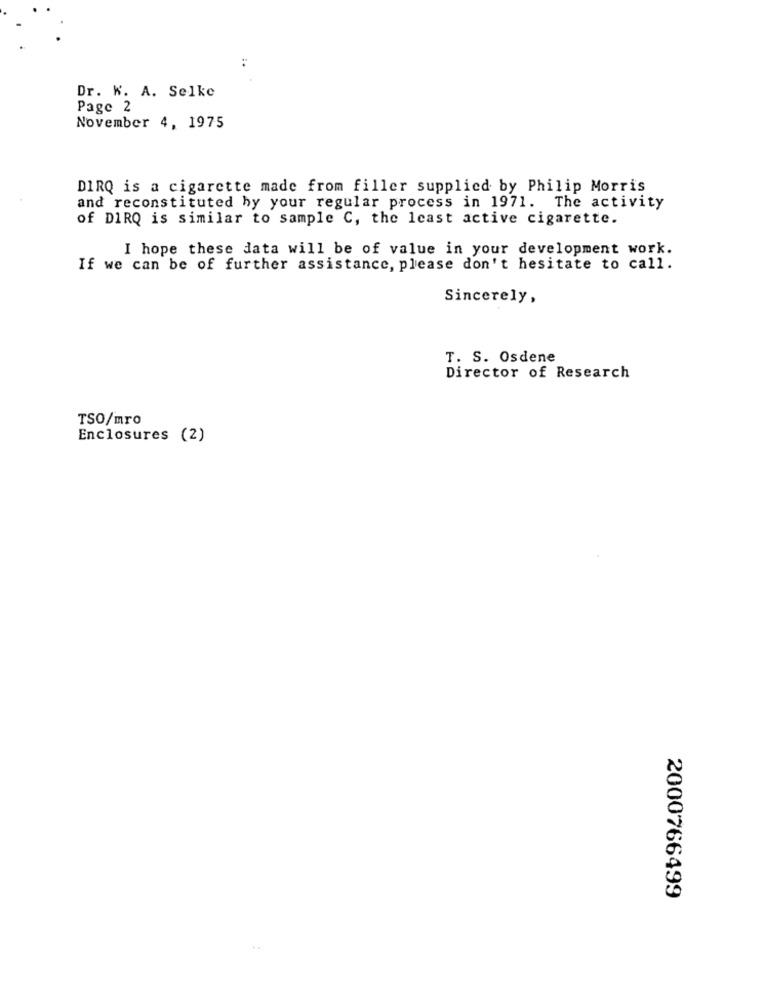
Dr. W. A. Selke
Page 2
November 4, 1975
DIRQ is a cigarette made from filler supplied by Philip Morris
and reconstituted by your regular process in 1971. The activity
of DIRQ is similar to sample C, the least active cigarette.
I hope these data will be of value in your development work.
If we can be of further assistance, please don't hesitate to call.
Sincerely,
T. S. Osdene
Director of Research
TSO/mro
Enclosures (2)
2000766499